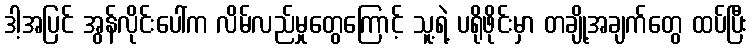
ဒါ့အပြင် အွန်လိုင်းပေါ်က လိမ်လည်မှုတွေကြောင့် သူ့ရဲ့ ပရိုဖိုင်းမှာ တချို့အချက်တွေ ထပ်ပြီး